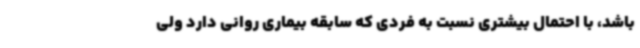
باشد، با احتمال بیشتری نسبت به فردی که سابقه بیماری روانی دارد ولی